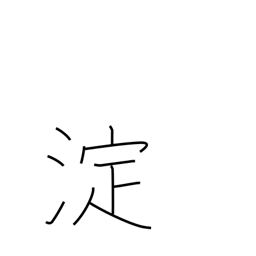
Meaning: eddy